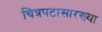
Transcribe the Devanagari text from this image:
चित्रपटासारख्या